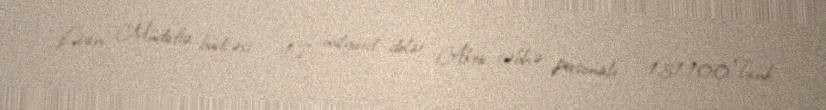
Livan Müdafiə büdcəsi - 1.7 milyard dolar Aktiv cəbhə personalı - 131.100 Tank